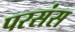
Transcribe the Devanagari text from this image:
परसंस